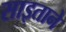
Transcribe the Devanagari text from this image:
साइताने